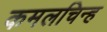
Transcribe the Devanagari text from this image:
कमलचिन्ह